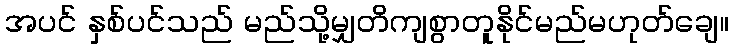
အပင် နှစ်ပင်သည် မည်သို့မျှတိကျစွာတူနိုင်မည်မဟုတ်ချေ။